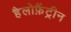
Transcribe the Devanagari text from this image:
हैलोफ़ैंट्रीन